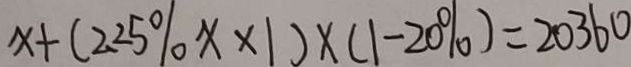
x + ( 2 . 2 5 \% x \times 1 ) \times ( 1 - 2 0 \% ) = 2 0 3 6 0